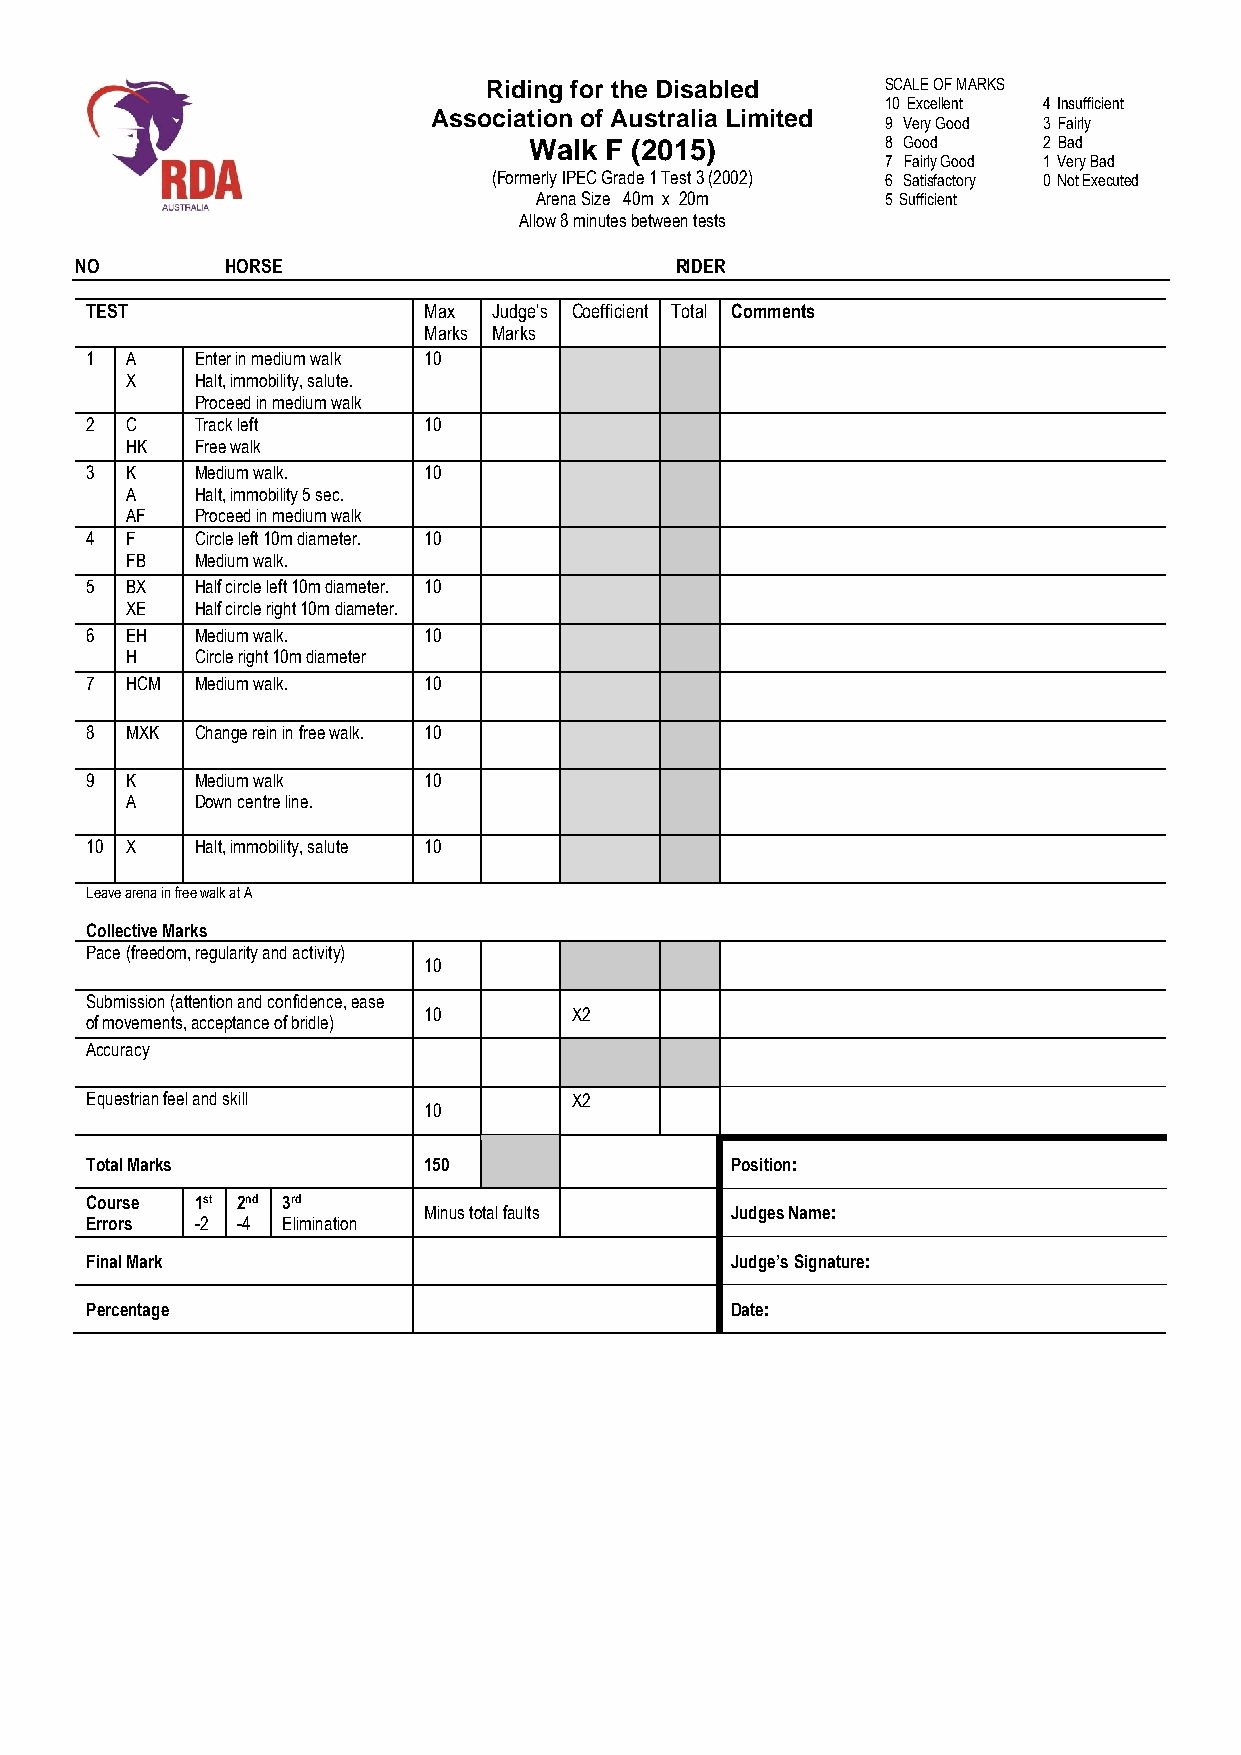
Riding for the Disabled    SCALE OF MARKS
 10 Excellent 4 Insufficient
 Association of Australia Limited
 9 Very Good 3 Fairly
 Walk F (2015)           8 Good    2 Bad
 7 Fairly Good 1 Very Bad
 (Formerly IPEC Grade 1 Test 3 (2002) 6 Satisfactory 0 Not Executed
 Arena Size 40m x 20m    5 Sufficient
 Allow 8 minutes between tests
 NO        HORSE                         RIDER
 TEST                  Max  Judge’s Coefficient Total Comments
 Marks Marks
 1 A    Enter in medium walk 10
 X    Halt, immobility, salute.
 Proceed in medium walk
 2 C    Track left     10
 HK   Free walk
 3 K    Medium walk.   10
 A    Halt, immobility 5 sec.
 AF   Proceed in medium walk
 4 F    Circle left 10m diameter. 10
 FB   Medium walk.
 5 BX   Half circle left 10m diameter. 10
 XE   Half circle right 10m diameter.
 6 EH   Medium walk.   10
 H    Circle right 10m diameter
 7 HCM  Medium walk.   10
 8 MXK  Change rein in free walk. 10
 9 K    Medium walk    10
 A    Down centre line.
 10 X   Halt, immobility, salute 10
 Leave arena in free walk at A
 Collective Marks
 Pace (freedom, regularity and activity)
 10
 Submission (attention and confidence, ease
 10        X2
 of movements, acceptance of bridle)
 Accuracy
 Equestrian feel and skill       X2
 10
 Total Marks           150                 Position:
 Course 1st 2nd 3rd
 Minus total faults  Judges Name:
 Errors -2 -4 Elimination
 Final Mark                                Judge’s Signature:
 Percentage                                Date: